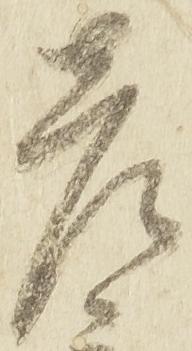
彦